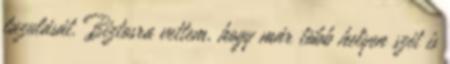
lazulását. Biztosra vettem, hogy már több helyen szét is